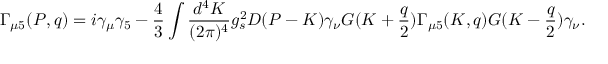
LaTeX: \Gamma _ { \mu 5 } ( P , q ) = i \gamma _ { \mu } \gamma _ { 5 } - \frac { 4 } { 3 } \int \frac { d ^ { 4 } K } { ( 2 \pi ) ^ { 4 } } g _ { s } ^ { 2 } D ( P - K ) \gamma _ { \nu } G ( K + \frac { q } { 2 } ) \Gamma _ { \mu 5 } ( K , q ) G ( K - \frac { q } { 2 } ) \gamma _ { \nu } .